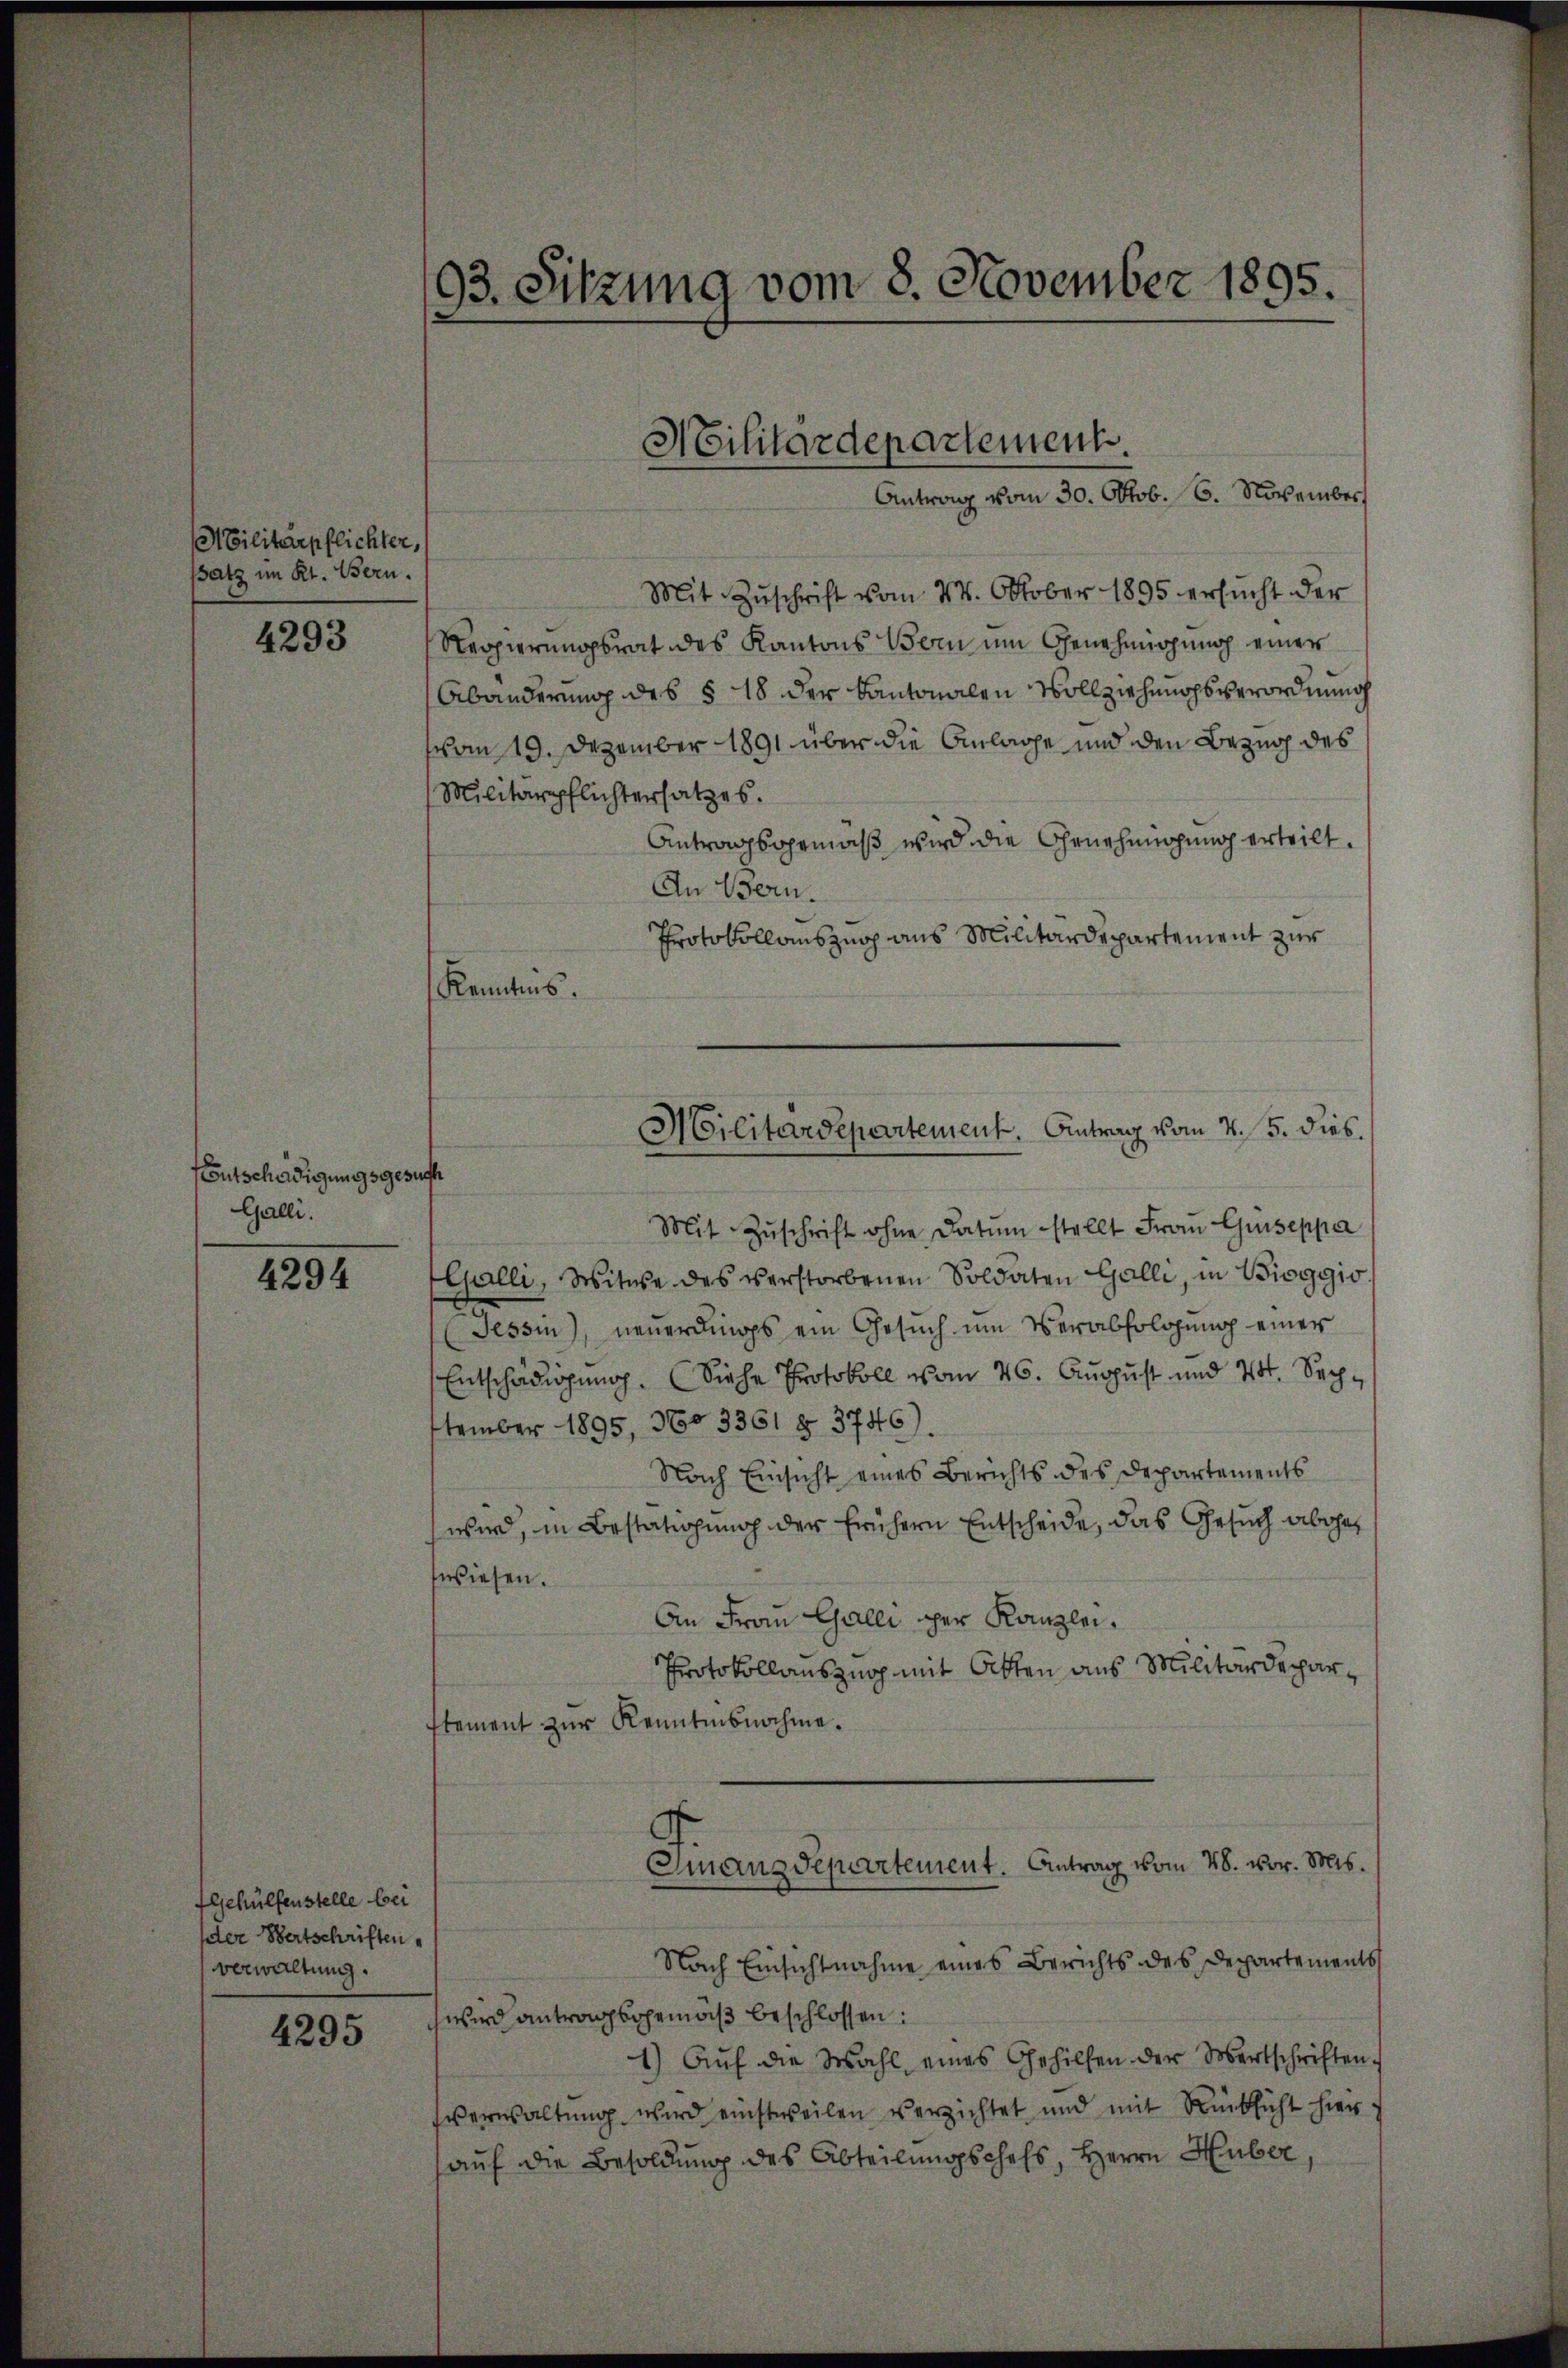
Militärpflichter,
satz im Kt. Bern.

4293

Entschädigungsgesuchte
Galli.

4294

Igehülfenstelle bei
der Bertschriften
verwaltung.

4295

93. Sitzung vom 8. November 1895.

Mit Zuschrift vom 24. Oktober 1895 ersucht der
Regierungsrat des Kantons Bern um Genehmigung einer
Abänderung des § 18 der Kantonalen Vollziehungsverordnung
vom 19. Dezember 1891 über die Anlage und den Bezug des
Militärpflichtersatzes.
Antragsgemäß wird die Genehmigung erteilt.
An Bern.
Protokollauszug aus Militärdepartement zur
Kenntnis.
Mit Zŭschrift ohne Datum stellt Frau Giseppar
Galli, Witwe des verstorbenen Soldaten Galli, in Bioggio
(Tessin, neuerdings ein Gesuch um Verabfolgung einer
Entschädigung. (Siehe Protokoll vom 26. August und Vt. September 1895, 360 3361 § 3746).
Nach Einsicht eines Berichts des Departements
wird, in Bestätigung der frühern Entscheide, das Gesuch abgewiesen.
An Frau Galli per Kanzlei¬
Protokollauszug mit Otten aus Militärdeparstement zur Kenntnisnahme.
A.
Ginanzdepartement. Antrag vom 28. vor. Mts.
Nach Einsichtnahme eines Berichts des Departements
wird antragsgemäß beschlossen:
1) Auf die Wahl eines Gehilfen der Wertschriften,
sverwaltung wird einstweilen verzichtet, und mit Rücksicht hier
auf die Besoldung des Abteilungschefs, Herrn Huber,

Militärdepartement.
Antrag vom 30. Oktob. 6. November

Militärdepartement. Antrag vom 4. 5. dies